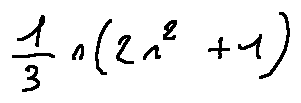
\frac { 1 } { 3 } n ( 2 n ^ { 2 } + 1 )